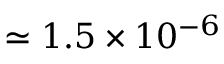
\simeq 1 . 5 \times 1 0 ^ { - 6 }